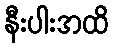
နီးပါးအထိ